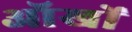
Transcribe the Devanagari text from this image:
ऑखों